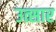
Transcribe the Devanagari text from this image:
उत्सार